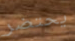
يحتضر